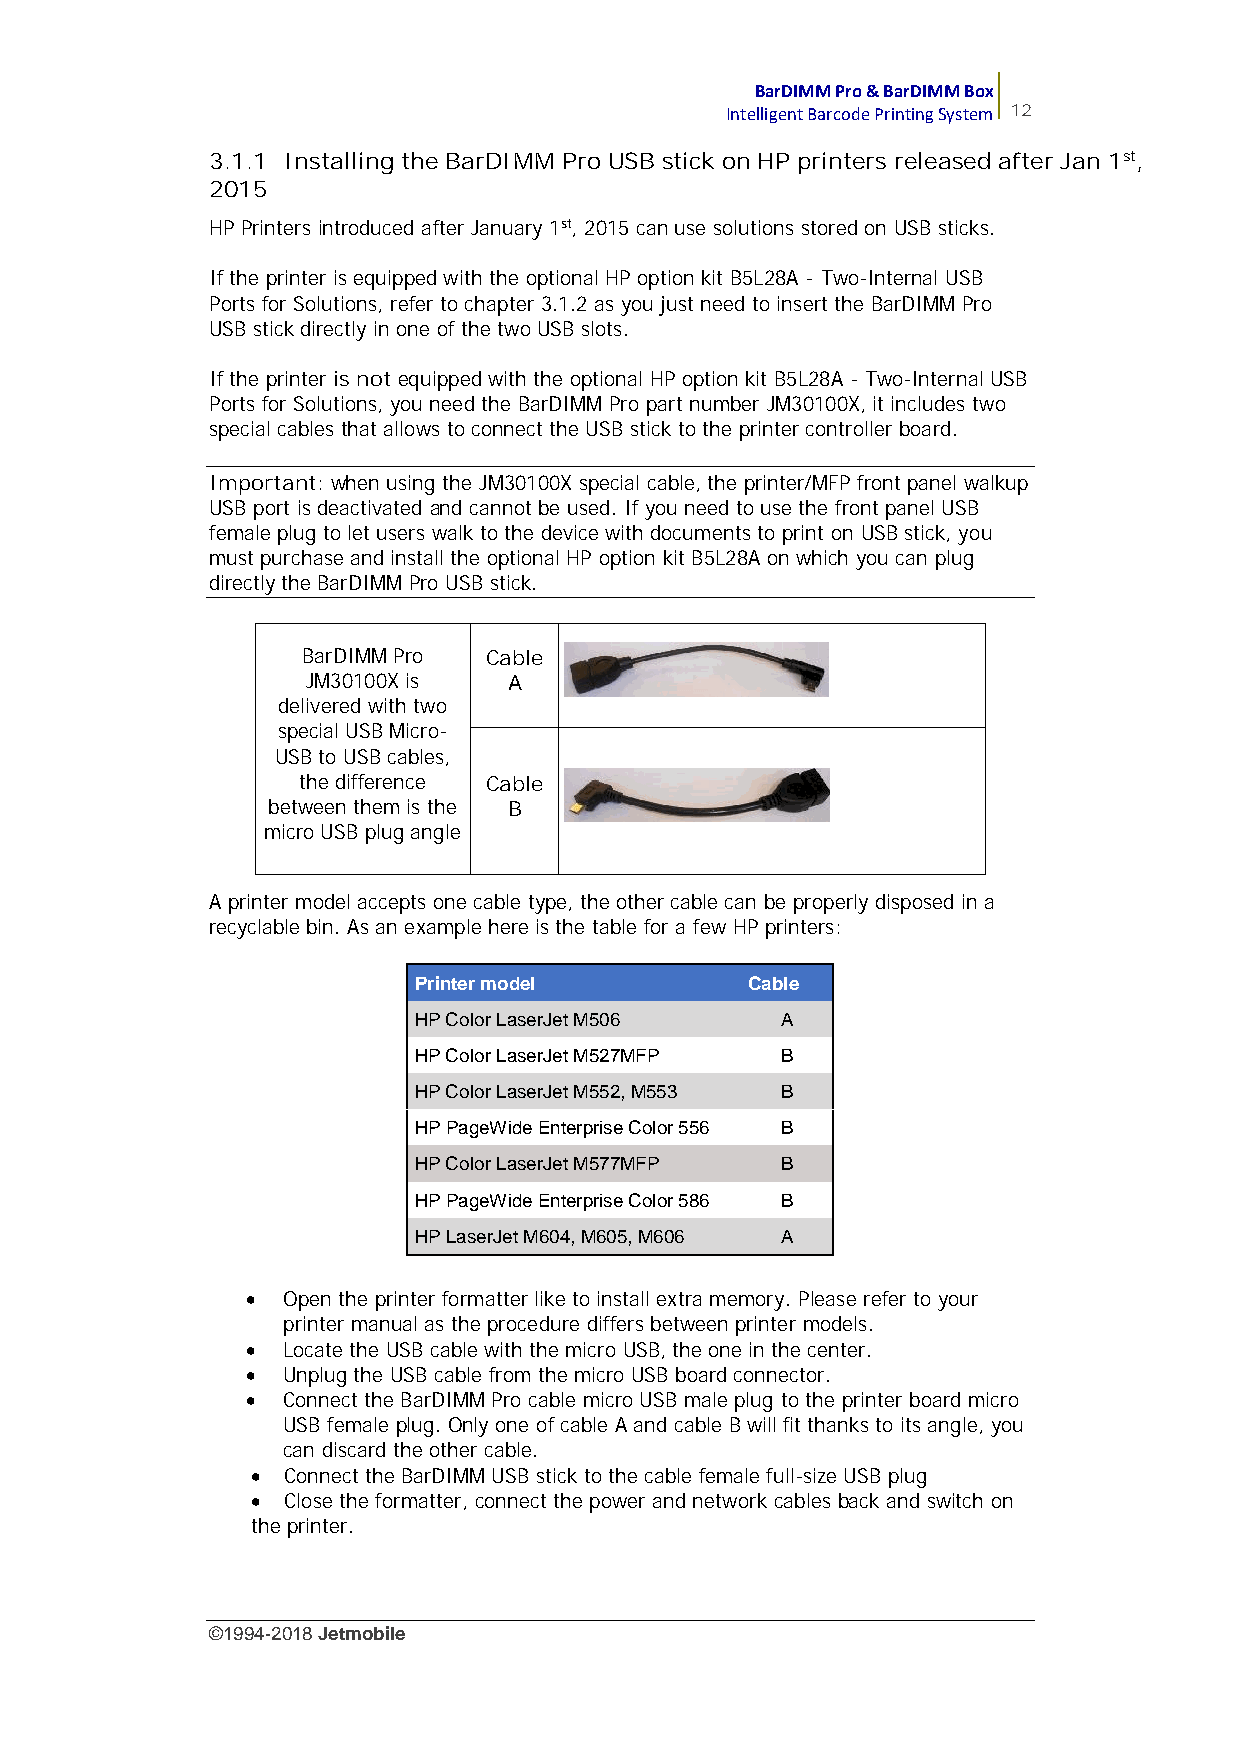
BarDIMM Pro & BarDIMM Box
 Intelligent Barcode Printing System 12
 3.1.1 Installing the BarDIMM Pro USB stick on HP printers released after Jan 1st,
 2015
 HP Printers introduced after January 1st, 2015 can use solutions stored on USB sticks.
 If the printer is equipped with the optional HP option kit B5L28A - Two-Internal USB
 Ports for Solutions, refer to chapter 3.1.2 as you just need to insert the BarDIMM Pro
 USB stick directly in one of the two USB slots.
 If the printer is not equipped with the optional HP option kit B5L28A - Two-Internal USB
 Ports for Solutions, you need the BarDIMM Pro part number JM30100X, it includes two
 special cables that allows to connect the USB stick to the printer controller board.
 Important: when using the JM30100X special cable, the printer/MFP front panel walkup
 USB port is deactivated and cannot be used. If you need to use the front panel USB
 female plug to let users walk to the device with documents to print on USB stick, you
 must purchase and install the optional HP option kit B5L28A on which you can plug
 directly the BarDIMM Pro USB stick.
 BarDIMM Pro Cable
 JM30100X is   A
 delivered with two
 special USB Micro-
 USB to USB cables,
 the difference Cable
 between them is the B
 micro USB plug angle
 A printer model accepts one cable type, the other cable can be properly disposed in a
 recyclable bin. As an example here is the table for a few HP printers:
 Printer model         Cable
 HP Color LaserJet M506   A
 HP Color LaserJet M527MFP B
 HP Color LaserJet M552, M553 B
 HP PageWide Enterprise Color 556 B
 HP Color LaserJet M577MFP B
 HP PageWide Enterprise Color 586 B
 HP LaserJet M604, M605, M606 A
   Open the printer formatter like to install extra memory. Please refer to your
 printer manual as the procedure differs between printer models.
   Locate the USB cable with the micro USB, the one in the center.
   Unplug the USB cable from the micro USB board connector.
   Connect the BarDIMM Pro cable micro USB male plug to the printer board micro
 USB female plug. Only one of cable A and cable B will fit thanks to its angle, you
 can discard the other cable.
  Connect the BarDIMM USB stick to the cable female full-size USB plug
  Close the formatter, connect the power and network cables back and switch on
 the printer.
 ©1994-2018Jetmobile
 E
 r
 r
 o